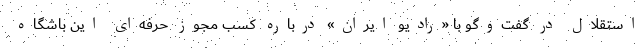
استقلال در گفت‌وگو با «رادیو ایران» درباره کسب مجوز حرفه‌ای این باشگاه